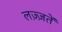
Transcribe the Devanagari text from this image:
लज़्ज़तें